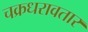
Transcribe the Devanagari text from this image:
चक्रधरावतार